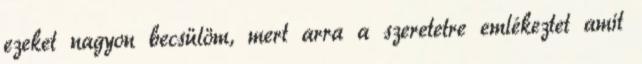
ezeket nagyon becsülöm, mert arra a szeretetre emlékeztet amit